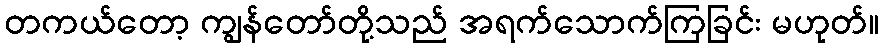
တကယ်တော့ ကျွန်တော်တို့သည် အရက်သောက်ကြခြင်း မဟုတ်။